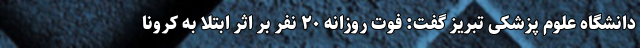
دانشگاه علوم پزشکی تبریز گفت: فوت روزانه ۲۰ نفر بر اثر ابتلا به کرونا